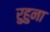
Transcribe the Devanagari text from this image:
रुहुना